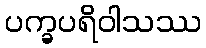
ပက္ခပရိဝါသဿ